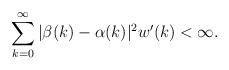
LaTeX: \begin{align*} \sum_{k=0}^\infty|\beta(k) - \alpha(k)|^2w'(k) < \infty.\end{align*}